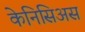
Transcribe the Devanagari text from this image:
केनिसिअस